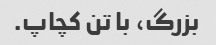
بزرگ، با تن کچاپ.